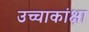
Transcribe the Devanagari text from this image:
उच्चाकांक्षा